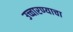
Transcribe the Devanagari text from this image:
उच्चारण्याचा